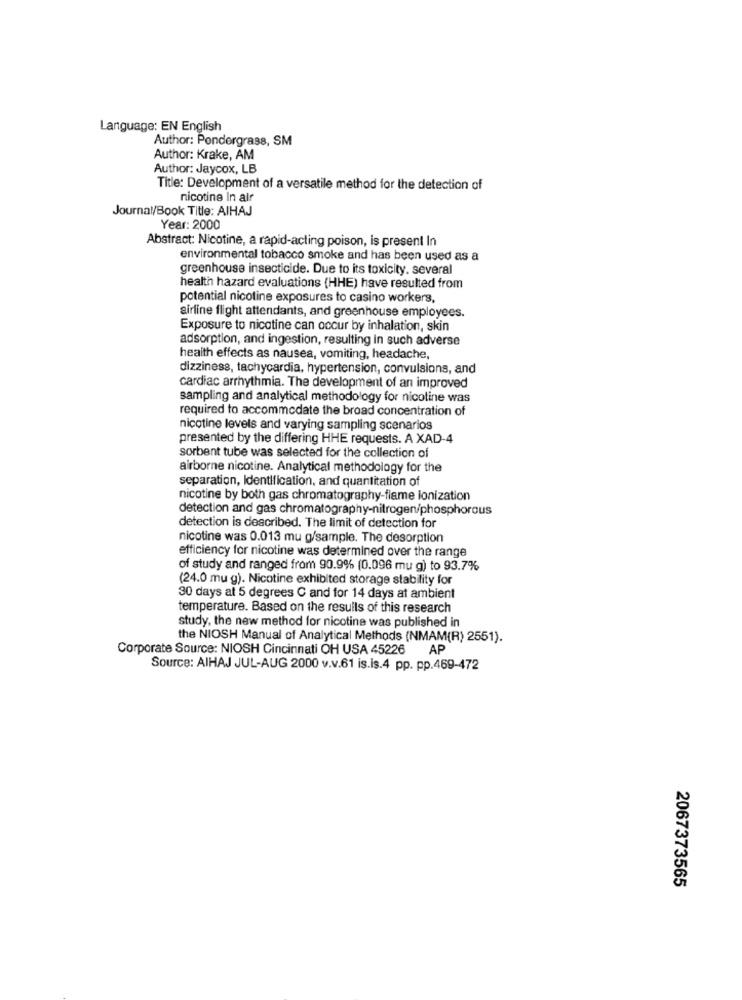
Language: EN English
Author: Pondergrass, SM
Author: Krake, AM
Author: Jaycox, LB
Title: Development of a versatile method for the detection of
nicotine In air
Journal/Book Title: AIHAJ
Year: 2000
Abstract: Nicotine, a rapid-acting poison, is present In
environmental tobacco smoke and has been used as a
greenhouse insecticide. Due to its toxicity. several
health hazard evaluations (HHE) have resulted from
potential nicotine exposures to casino workers,
airline flight attendants, and greenhouse employees.
Exposure to nicotine can occur by inhalation, skin
adsorption, and ingestion, resulting in such adverse
health effects as nausea, vomiting, headache,
dizziness, tachycardia, hypertension, convulsions, and
cardiac arrhythmia. The development of an improved
sampling and analytical methodology for nicotine was
required to accommodate the broad concentration of
nicotine levels and varying sampling scenarios
presented by the differing HHE requests. A XAD-4
sorbent tube was selected for the collection of
airborne nicotine. Analytical methodology for the
separation, Identification, and quantitation of
nicotine by both gas chromatography-flame ionization
detection and gas chromatography-nitrogen/phosphorous
detection is described. The limit of detection for
nicotine was 0.013 mu g/sample. The desorption
efficiency for nicotine was determined over the range
of study and ranged from 90.9% (0.096 mu g) to 93.7%
(24.0 mu g). Nicotine exhibited storage stability for
30 days at 5 degrees C and for 14 days at ambient
temperature. Based on the results of this research
study, the new method for nicotine was published in
the NIOSH Manual of Analytical Methods (NMAM(R) 2551).
Corporate Source: NIOSH Cincinnati OH USA 45226
AP
Source: AIHAJ JUL-AUG 2000 v.v.61 is.is.4 pp. pp.469-472
2067373565